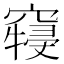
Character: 𱷖